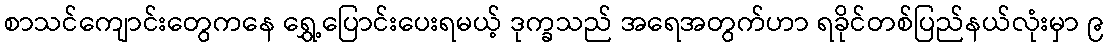
စာသင်ကျောင်းတွေကနေ ရွှေ့ပြောင်းပေးရမယ့် ဒုက္ခသည် အရေအတွက်ဟာ ရခိုင်တစ်ပြည်နယ်လုံးမှာ ၉